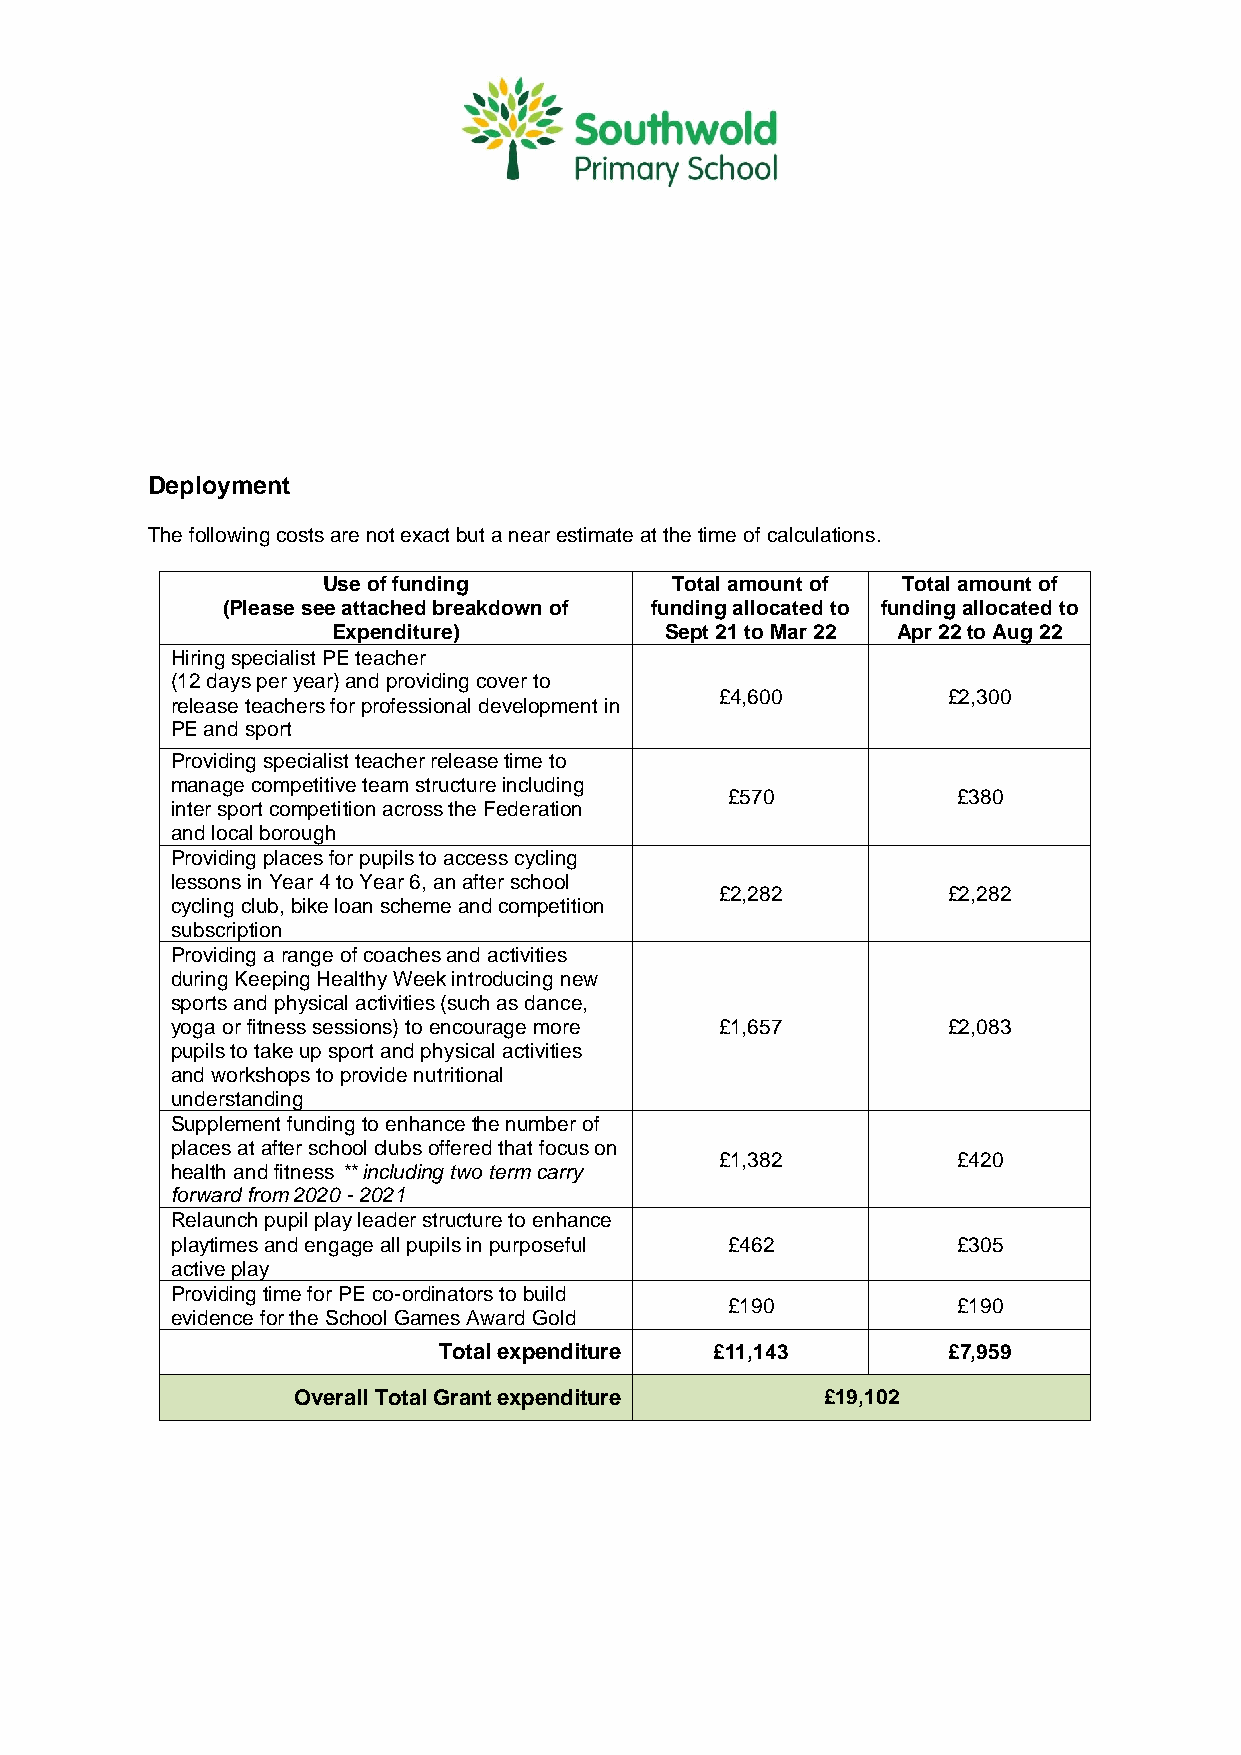
Deployment
 The following costs are not exact but a near estimate at the time of calculations.
 Use of funding         Total amount of Total amount of
 (Please see attached breakdown of funding allocated to funding allocated to
 Expenditure)          Sept 21 to Mar 22 Apr 22 to Aug 22
 Hiring specialist PE teacher
 (12 days per year) and providing cover to
 £4,600         £2,300
 release teachers for professional development in
 PE and sport
 Providing specialist teacher release time to
 manage competitive team structure including
 £570           £380
 inter sport competition across the Federation
 and local borough
 Providing places for pupils to access cycling
 lessons in Year 4 to Year 6, an after school
 £2,282         £2,282
 cycling club, bike loan scheme and competition
 subscription
 Providing a range of coaches and activities
 during Keeping Healthy Week introducing new
 sports and physical activities (such as dance,
 yoga or fitness sessions) to encourage more £1,657  £2,083
 pupils to take up sport and physical activities
 and workshops to provide nutritional
 understanding
 Supplement funding to enhance the number of
 places at after school clubs offered that focus on
 £1,382         £420
 health and fitness ** including two term carry
 forward from 2020 - 2021
 Relaunch pupil play leader structure to enhance
 playtimes and engage all pupils in purposeful £462  £305
 active play
 Providing time for PE co-ordinators to build
 £190           £190
 evidence for the School Games Award Gold
 Total expenditure £11,143         £7,959
 Overall Total Grant expenditure     £19,102